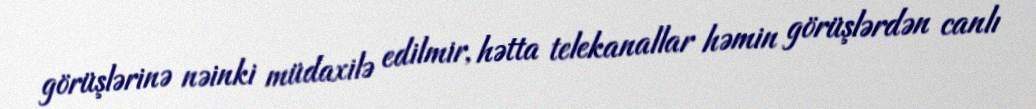
görüşlərinə nəinki müdaxilə edilmir, hətta telekanallar həmin görüşlərdən canlı